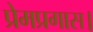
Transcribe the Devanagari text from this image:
प्रेमप्रगास।